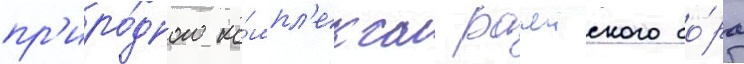
пр'иро́дного ко́мпл'екса рачеиского бо́ра